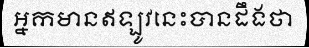
អ្នកមានឥឡូវនេះបានដឹងថា